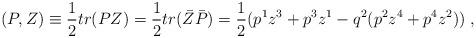
LaTeX: \begin{align*}(P,Z) \equiv \frac{1}{2} tr(PZ)=\frac{1}{2} tr( \bar{Z} \bar{P})=\frac{1}{2}(p^1z^3+p^3z^1-q^2(p^2z^4+p^4z^2))\;,\end{align*}